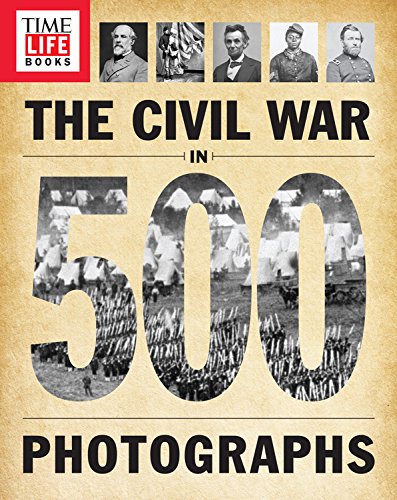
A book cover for TIME-LIFE The Civil War in 500 Photographs; TIME-LIFE Books; Arts & Photography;